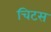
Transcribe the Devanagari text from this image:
चिटस